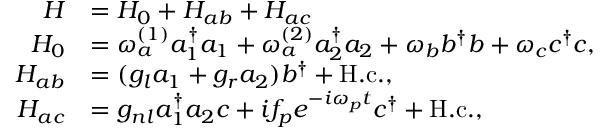
\begin{array} { r l } { H } & { = H _ { 0 } + H _ { a b } + H _ { a c } } \\ { H _ { 0 } } & { = \omega _ { a } ^ { ( 1 ) } a _ { 1 } ^ { \dagger } a _ { 1 } + \omega _ { a } ^ { ( 2 ) } a _ { 2 } ^ { \dagger } a _ { 2 } + \omega _ { b } b ^ { \dagger } b + \omega _ { c } c ^ { \dagger } c , } \\ { H _ { a b } } & { = ( g _ { l } a _ { 1 } + g _ { r } a _ { 2 } ) b ^ { \dagger } + \mathrm { H . c . } , } \\ { H _ { a c } } & { = g _ { n l } a _ { 1 } ^ { \dagger } a _ { 2 } c + i f _ { p } e ^ { - i \omega _ { p } t } c ^ { \dagger } + \mathrm { H . c . } , } \end{array}